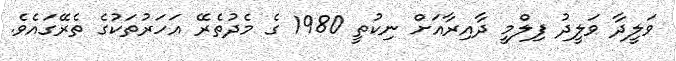
ވަލީދާ ވަލީދު ފިލްމީ ދާއިރާއަށް ނިކުތީ 1980 ގެ މެދުތެރޭ އަހަރުތަކުގެ ތެރޭގައެވެ.